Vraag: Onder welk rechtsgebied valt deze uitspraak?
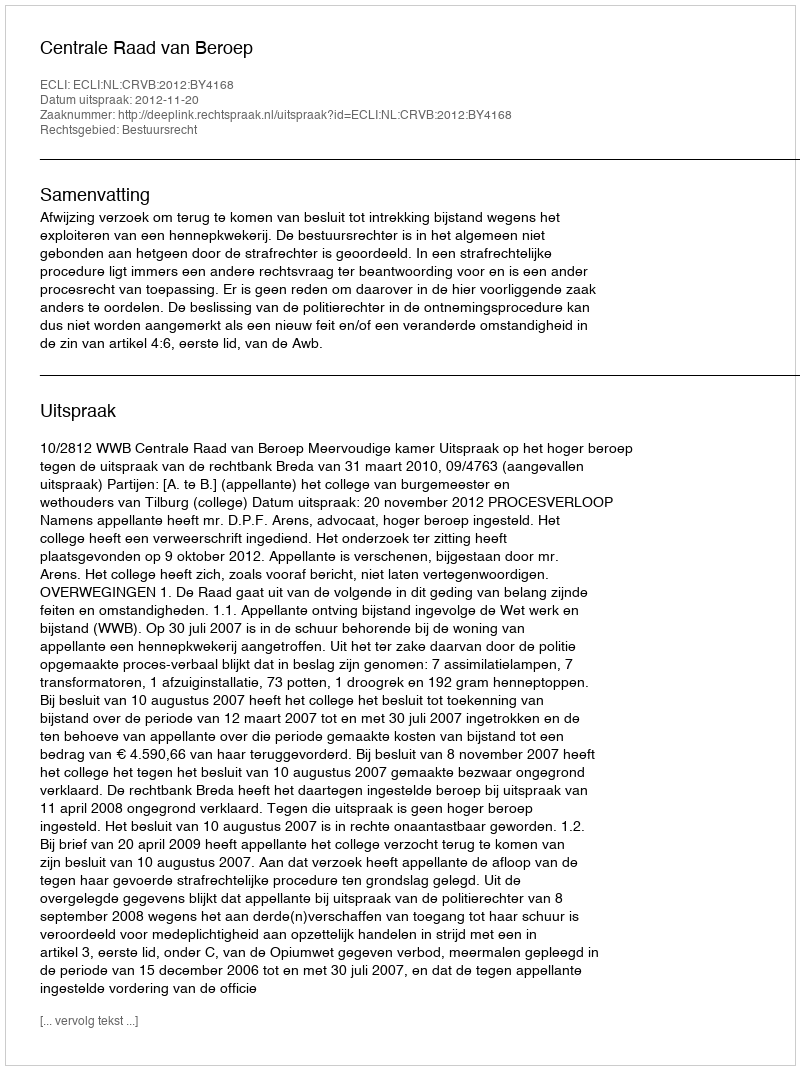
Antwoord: Bestuursrecht